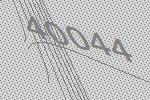
40044